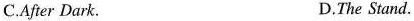
C.After Dark. D.The Stand.